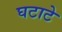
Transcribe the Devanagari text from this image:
घटाटे